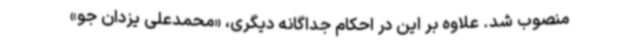
منصوب شد. علاوه بر این در احکام جداگانه دیگری، «محمدعلی یزدان جو»